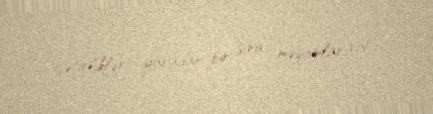
çətinliklər yaradan bir sıra məqamlar var.